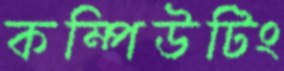
কম্পিউটিং